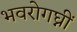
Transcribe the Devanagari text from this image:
भवरोगघ्नीं